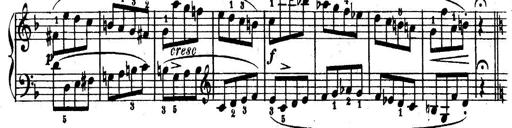
Title: 6 Piano Sonatinas
Composer: Cornelius Gurlitt